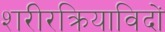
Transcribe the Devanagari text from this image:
शरीरक्रियाविदों